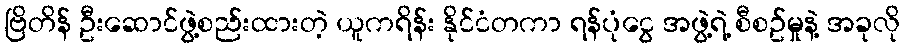
ဗြိတိန် ဦးဆောင်ဖွဲ့စည်းထားတဲ့ ယူကရိန်း နိုင်ငံတကာ ရန်ပုံငွေ အဖွဲ့ရဲ့ စီစဥ်မှုနဲ့ အခုလို